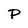
Character: P